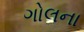
ગોલના